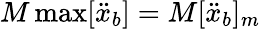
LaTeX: M\operatorname*{max}[\ddot{x}_{b}]=M[\ddot{x}_{b}]_{m}